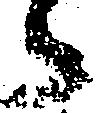
々